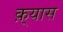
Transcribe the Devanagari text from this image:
क़्यास